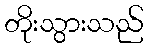
တိုးသွားသည်